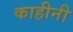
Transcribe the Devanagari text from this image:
काहीनी